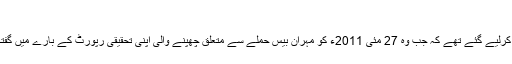
”
29 مئی 2011ء کو سلیم شہزاد وفاقی دارالحکومت سے اس وقت اغوا کرلیے گئے تھے کہ جب وہ 27 مئی 2011ء کو مہران بیس حملے سے متعلق چھپنے والی اپنی تحقیقی رپورٹ کے بارے میں گفتگو کے لیے ایک ٹیلی وژن ٹاک شو میں شرکت کے لیے جارہے تھے۔